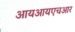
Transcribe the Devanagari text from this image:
आयआयएचआर